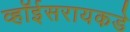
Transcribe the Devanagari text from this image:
व्हॉईसरायकडे